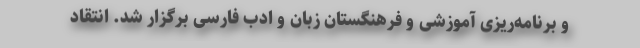
و برنامه‌ریزی آموزشی و فرهنگستان زبان و ادب فارسی برگزار شد. انتقاد